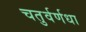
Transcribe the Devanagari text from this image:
चतुर्वर्णधा